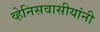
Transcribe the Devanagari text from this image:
व्हेनिसवासीयांनी